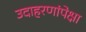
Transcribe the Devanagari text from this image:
उदाहरणांपेक्षा